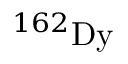
^ { 1 6 2 } \mathrm { { D y } }